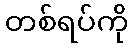
တစ်ရပ်ကို